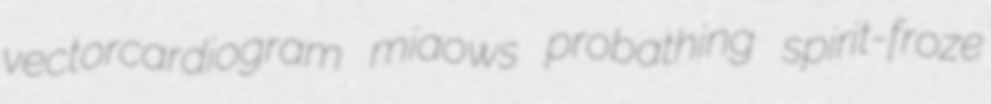
vectorcardiogram miaows probathing spirit-froze